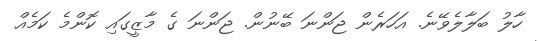
ހާލު ބަލާލެވޭނެ. އަހަރެން ޖަންނަ ބޭނުން. ޖަންނަ ގެ މާޒީގައި ކޮންމެ ކަމެއް